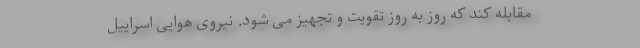
مقابله کند که روز به روز تقویت و تجهیز می شود. نیروی هوایی اسراییل